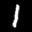
Label: 1